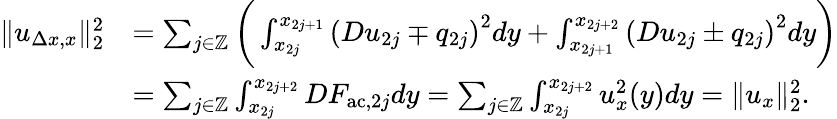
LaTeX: \begin{array}{rl}{\| u_{\Delta x,x}\| _{2}^{2}}&{=\sum_{j\in\mathbb{Z}}\bigg(\int_{x_{2j}}^{x_{2j+1}}\left(Du_{2j}\mp q_{2j}\right)^{2}dy+\int_{x_{2j+1}}^{x_{2j+2}}\left(Du_{2j}\pm q_{2j}\right)^{2}dy\bigg)}\\ &{=\sum_{j\in\mathbb{Z}}\int_{x_{2j}}^{x_{2j+2}}DF_{\mathrm{ac},2j}dy=\sum_{j\in\mathbb{Z}}\int_{x_{2j}}^{x_{2j+2}}u_{x}^{2}(y)dy=\| u_{x}\| _{2}^{2}.}\end{array}